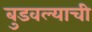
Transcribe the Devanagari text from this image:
बुडवल्याची